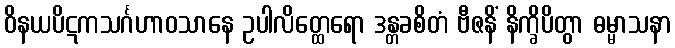
ဝိနယပိဋကသင်္ဂဟာဝသာနေ ဥပါလိတ္ထေရော ဒန္တခစိတံ ဗီဇနိံ နိက္ခိပိတွာ ဓမ္မာသနာ